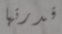
قدرتها